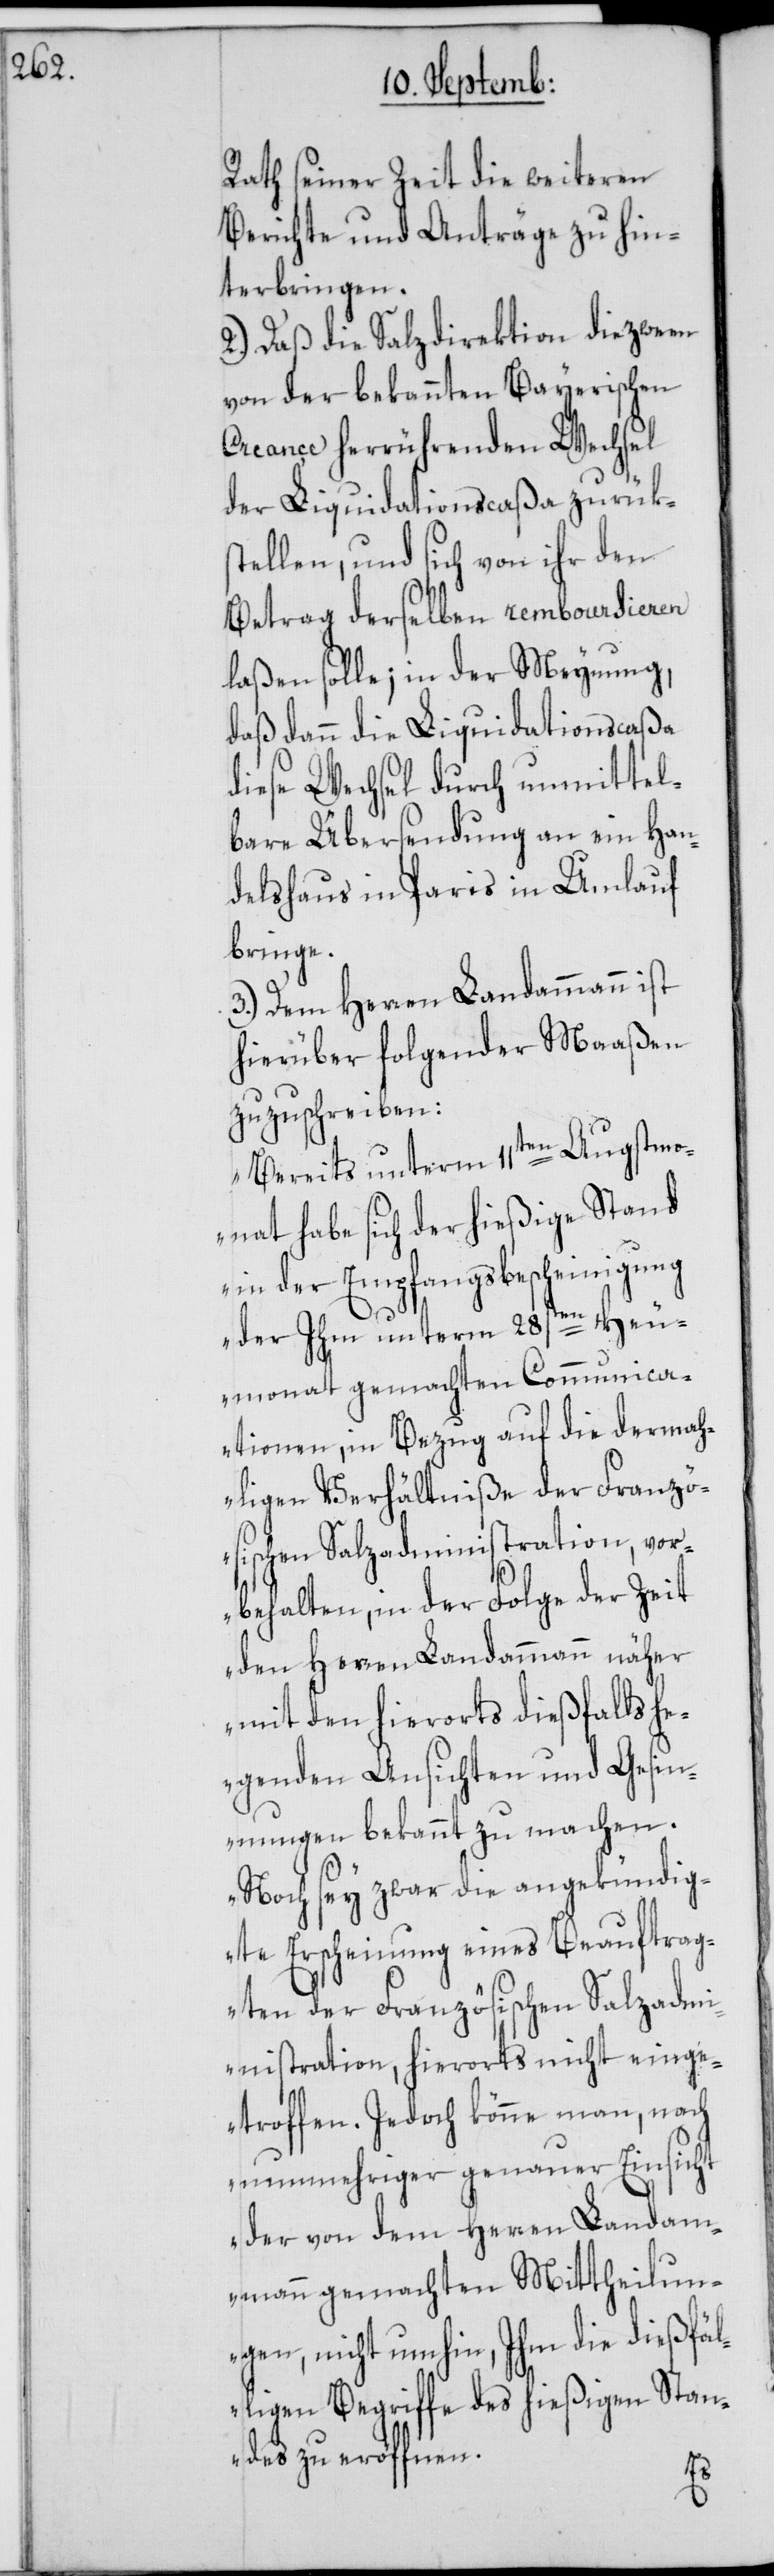
Rath seiner Zeit die weiteren
Berichte und Anträge zu hin¬
terbringen.
2.) Daß die Salzdirection die zween
von der bekannten Bayerischen
Creance herrührenden Wechsel
der Liquidationscaßa zurük¬
stellen, und sich von ihr den
Betrag derselben remboursieren
laßen solle; in der Meynung,
daß dann die Liquidationscaßa
diese Wechsel durch unmittel¬
bare Übersendung an ein Han¬
delshaus in Paris in Umlauf
bringe.
3.) Dem Herren Landammann ist
hierüber folgender Maaßen
zuzuschreiben:
„Bereits unterm 11ten Augstm¬
onat habe sich der hießige Stand
in der Empfangsbescheinigung
der Ihm unterm 28sten He¬
umonat gemachten Comm¬
ationen, in Bezug auf die
hligen Verhältniße der Franzö¬
sischen Salzadministration, vor¬
Zeit
behalten, in der Folge
den Herren Landammann näher
mit den hierorts dießfalls he¬
genden Ansichten und Gesin¬
nungen bekannt zu machen.
Noch sey zwar die angekündig¬
te Erscheinung eines Beauftrag¬
ten der Französischen Salzadmi¬
nistration, hierorts nicht einge¬
troffen. Jedoch könne man, nach
nunmehriger genauer Einsicht
der von dem Herren Landam¬
mann gemachten Mittheilun¬
gen, nicht umhin, Ihm die dießfäl¬
ligen Begriffe des hießigen Stan¬
des zu eröffnen.

der